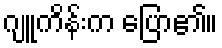
ဂျူကိန်းက ပြော၏။